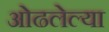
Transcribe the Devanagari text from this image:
ओढलेल्या